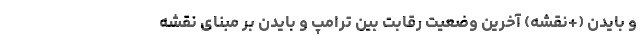
و بایدن (+نقشه) آخرین وضعیت رقابت بین ترامپ و بایدن بر مبنای نقشه